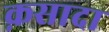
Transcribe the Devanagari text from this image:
क़सादा